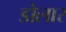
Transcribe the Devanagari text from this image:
डोलार